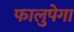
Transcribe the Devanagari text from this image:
फालुपेगा